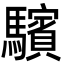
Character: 驞